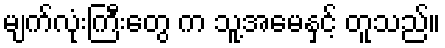
မျက်လုံးကြီးတွေ က သူ့အမေနှင့် တူသည်။